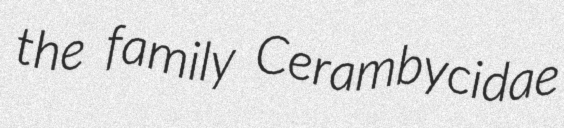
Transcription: the family Cerambycidae